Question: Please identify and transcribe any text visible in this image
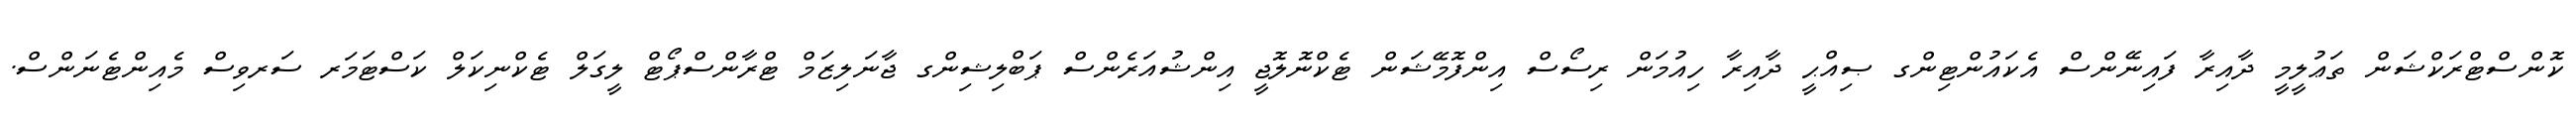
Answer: ކޮންސްޓްރަކްޝަން ތަޢުލީމީ ދާއިރާ ފައިނޭންސް އެކައުންޓިންގ ޞިއްޙީ ދާއިރާ ހިއުމަން ރިސޯސް އިންފޮމޭޝަން ޓެކްނޮލޮޖީ އިންޝުއަރެންސް ޕަބްލިޝިންގ ޖާނަލިޒަމް ޓްރާންސްޕޯޓް ލީގަލް ޓެކްނިކަލް ކަސްޓަމަރ ސަރވިސް މެއިންޓެނަންސް.